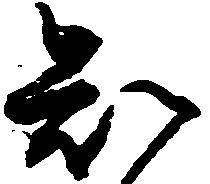
知